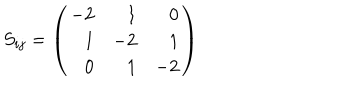
LaTeX: S _ { i j } = \left( \begin{array} { r r r } { { - 2 } } & { { 1 } } & { { 0 } } \\ { { 1 } } & { { - 2 } } & { { 1 } } \\ { { 0 } } & { { 1 } } & { { - 2 } } \\ \end{array} \right)